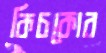
কিচকোর